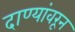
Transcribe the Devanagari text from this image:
दाण्यांवरून